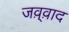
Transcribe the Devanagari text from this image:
जव़्व़ाद